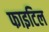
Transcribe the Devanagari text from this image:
फाइटिल